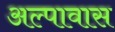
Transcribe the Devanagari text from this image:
अल्पावास